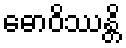
ဓောဝိဿန္တိ